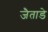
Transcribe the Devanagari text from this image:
जैताडे